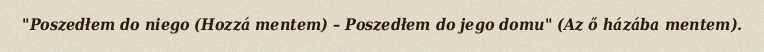
"Poszedłem do niego (Hozzá mentem) – Poszedłem do jego domu" (Az ő házába mentem).